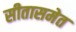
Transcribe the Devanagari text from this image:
सीतासमेत